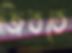
জিততে